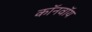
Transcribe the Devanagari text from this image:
कॉनवॉय